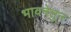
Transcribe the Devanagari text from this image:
भावनेतुन